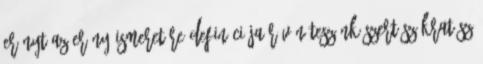
erényt Az erény ismeretére definíciója révén teszünk szert Szókratész